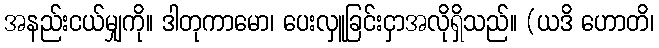
အနည်းငယ်မျှကို။ ဒါတုကာမော၊ ပေးလှူခြင်းငှာအလိုရှိသည်။ (ယဒိ ဟောတိ၊